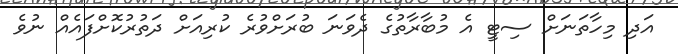
އަދި މިހާތަނަށް ސިޓީ އެ މުބާރާތުގެ ދެވަނަ ބުރަށްވުރެ ކުރިއަށް ދަތުރުކޮށްފައެއް ނުވެ